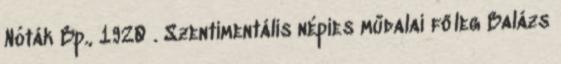
Nóták Bp., 1920 . Szentimentális népies műdalai főleg Balázs